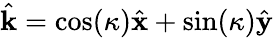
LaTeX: \hat{\mathbf{k}}=\cos(\kappa)\hat{\mathbf{x}}+\sin(\kappa)\hat{\mathbf{y}}